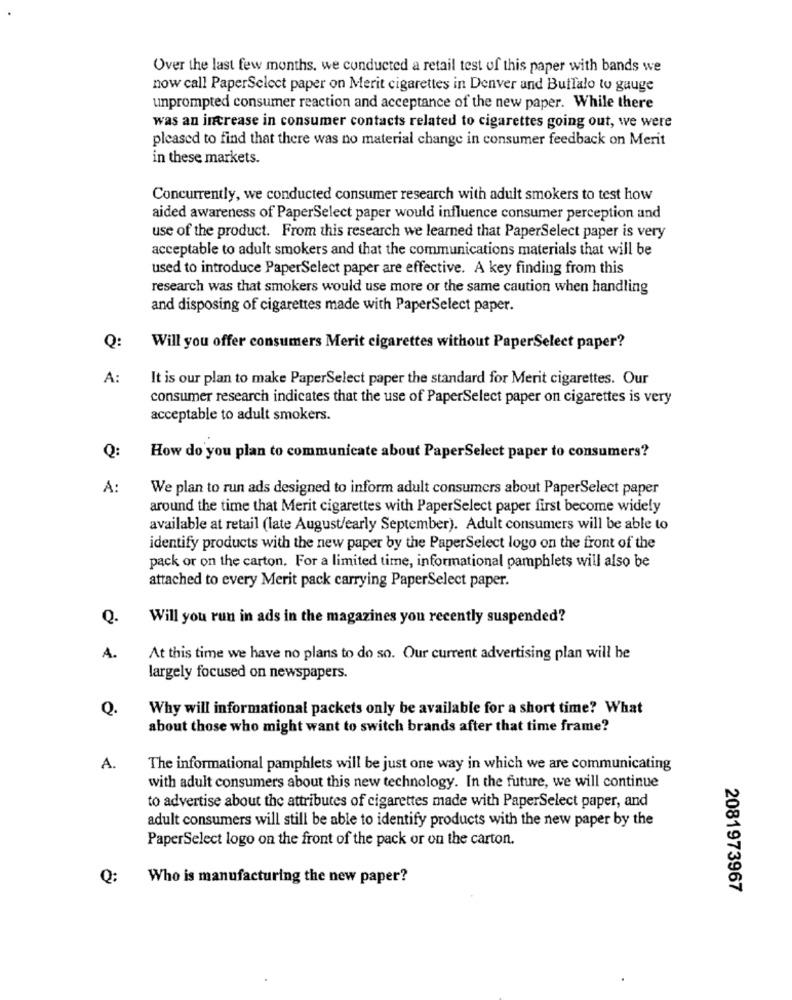
Over the last few months, we conducted a retail test of this paper with bands we
now call PaperSelect paper on Merit cigarettes in Denver and Buffalo to gauge
unprompted consumer reaction and acceptance of the new paper. While there
was an increase in consumer contacts related to cigarettes going out, we were
pleased to find that there was no material change in consumer feedback on Merit
in these markets.
Concurrently, we conducted consumer research with adult smokers to test how
aided awareness of PaperSelect paper would influence consumer perception and
use of the product. From this research we learned that PaperSelect paper is very
acceptable to adult smokers and that the communications materials that will be
used to introduce PaperSelect paper are effective. A key finding from this
research was that smokers would use more or the same caution when handling
and disposing of cigarettes made with PaperSelect paper.
Q:
Will you offer consumers Merit cigarettes without PaperSelect paper?
A:
It is our plan to make PaperSelect paper the standard for Merit cigarettes. Our
consumer research indicates that the use of PaperSelect paper on cigarettes is very
acceptable to adult smokers.
Q:
How do you plan to communicate about PaperSelect paper to consumers?
A:
We plan to run ads designed to inform adult consumers about PaperSelect paper
around the time that Merit cigarettes with PaperSelect paper first become widely
available at retail (late August/early September). Adult consumers will be able to
identify products with the new paper by the PaperSelect logo on the front of the
pack or on the carton. For a limited time, informational pamphlets will also be
attached to every Merit pack carrying PaperSelect paper.
Q.
Will you run in ads in the magazines you recently suspended?
A.
At this time we have no plans to do so. Our current advertising plan will be
largely focused on newspapers.
Q.
Why will informational packets only be available for a short time? What
about those who might want to switch brands after that time frame?
A.
The informational pamphlets will be just one way in which we are communicating
with adult consumers about this new technology. In the future, we will continue
to advertise about the attributes of cigarettes made with PaperSelect paper, and
adult consumers will still be able to identify products with the new paper by the
PaperSelect logo on the front of the pack or on the carton.
Q:
Who is manufacturing the new paper?
2081973967